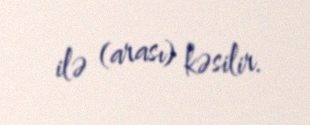
ilə (arası) kəsilir.